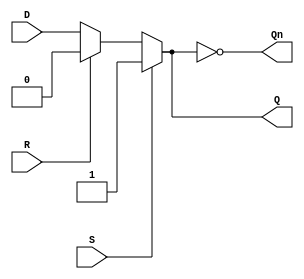
module AsyncRegister (
    input wire D,       // Data input
    input wire S,       // Set control signal
    input wire R,       // Reset control signal
    output reg Q,      // Output
    output wire Qn     // Inverted output
);

    assign Qn = ~Q;    // Output inverse

    always @(*) begin
        if (S) begin
            Q <= 1'b1; // Set the output to high
        end else if (R) begin
            Q <= 1'b0; // Reset the output to low
        end else begin
            Q <= D;    // Hold the value from D
        end
    end

endmodule